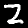
Digit: 2